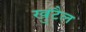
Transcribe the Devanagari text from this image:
खुंटैल